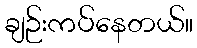
ချဉ်းကပ်နေတယ်။